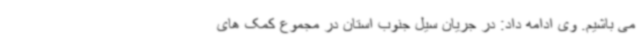
می باشیم. وی ادامه داد: در جریان سیل جنوب استان در مجموع کمک های